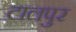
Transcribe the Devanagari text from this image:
टालपुर